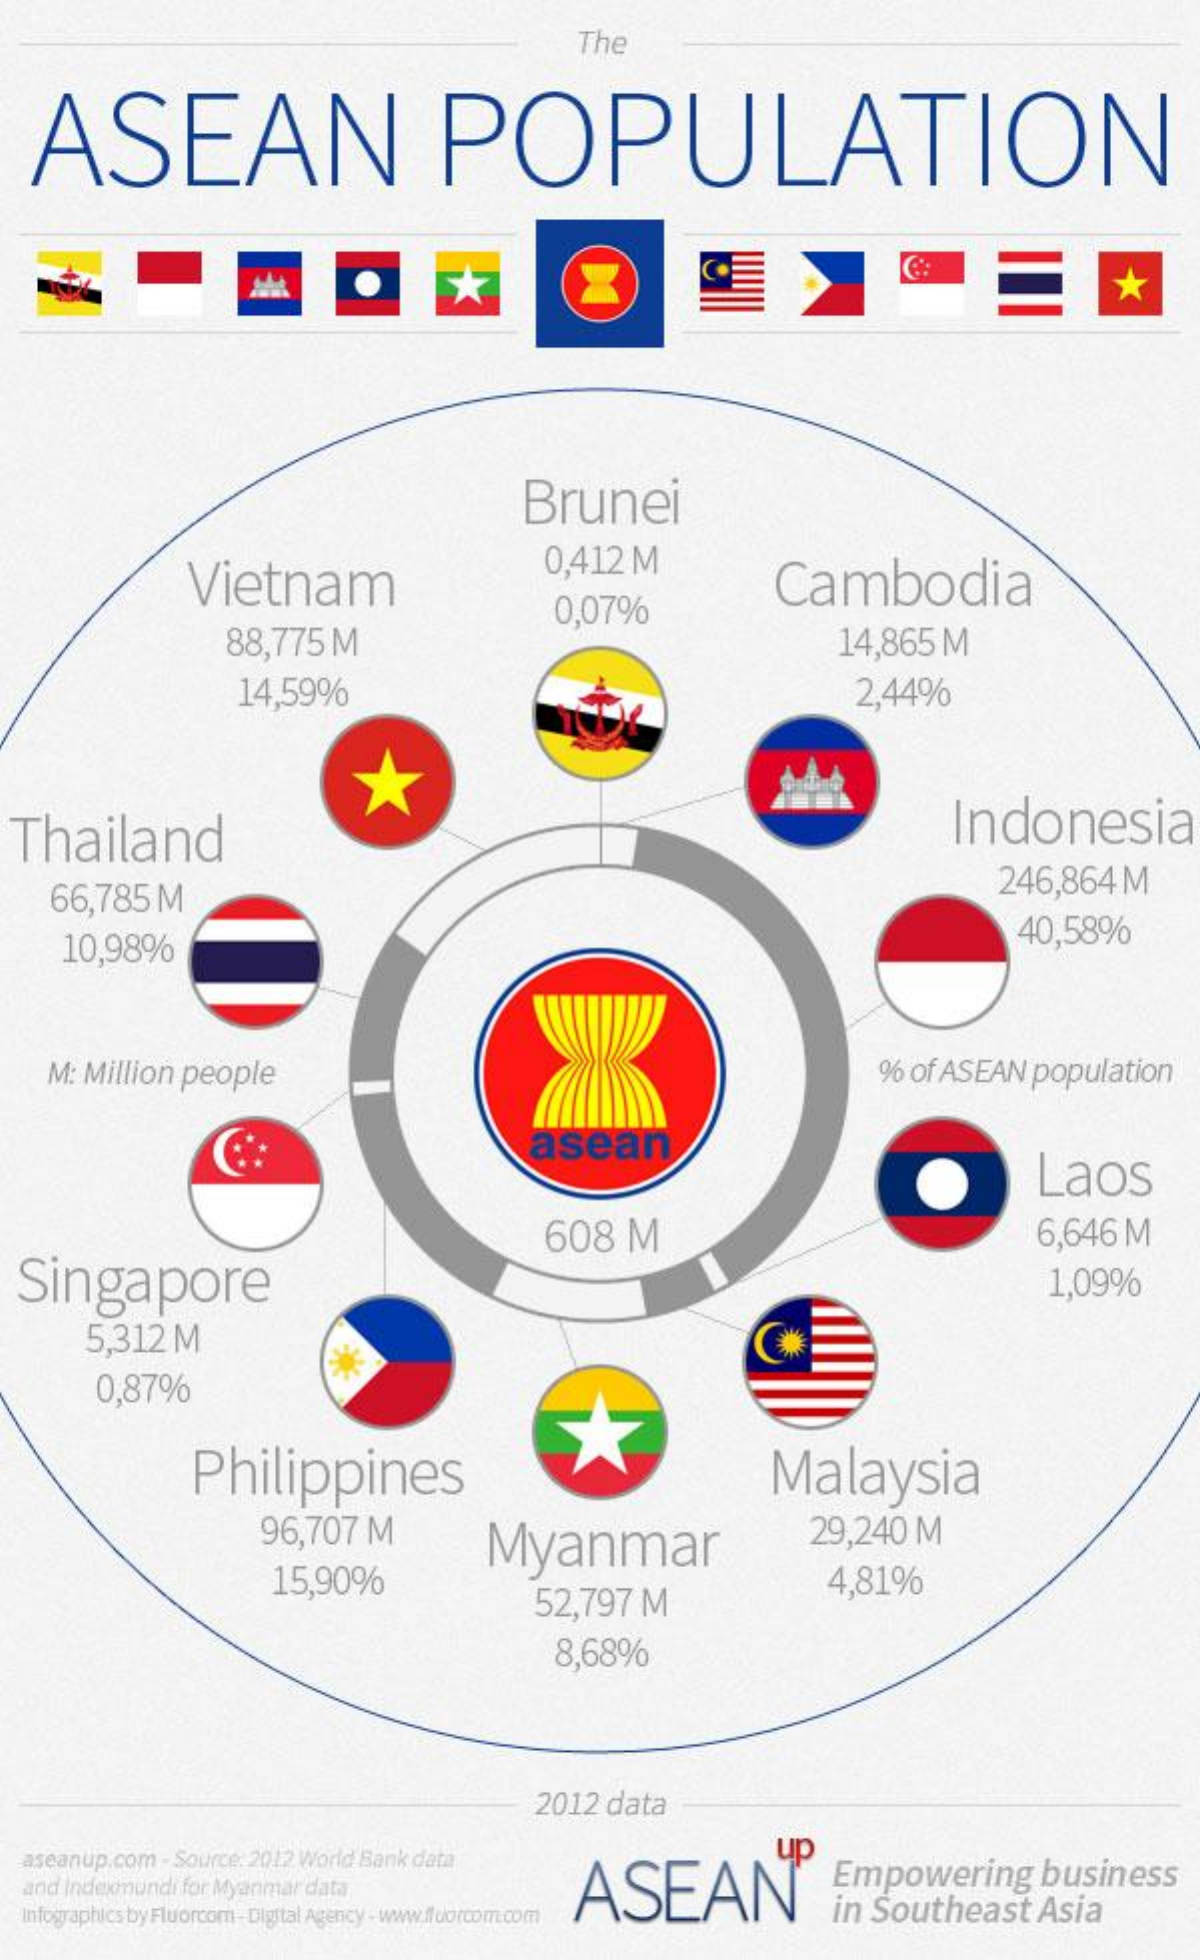
The
  ASEAN    POPULATION
     *
     Brunei
     Vietnam
     0,412 M
     88,775 M
     0,07%
     Cambodia
     14,865 M
     14,59%    2,44%
  Thailand    Indonesia
    66,785 M    246,864 M
    10,98%    40,58%
   M: Million people    9% of ASEAN population
     asean
     Laos
  Singapore
     608  M    6,646 M
     1,09%
     5,312 M
     0,87%
     Philippines    Malaysia
     96,707 M
     Myanmar
     29,240 M
     15,90%
     52,797 M
     4,81%
     8,68%
     2012 data
  aseanup.com - Source: 2012 Word Bank data
  and Indexmundi for Myanmar data   ASEAN
     up
     Empowering  business
  Infographics by Fluorcom - Digital Agency - www.ildorcom.com in Southeast Asia